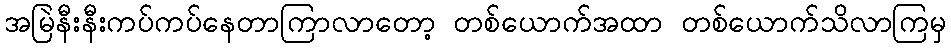
အမြဲနီးနီးကပ်ကပ်နေတာကြာလာတော့ တစ်ယောက်အထာ တစ်ယောက်သိလာကြမှ